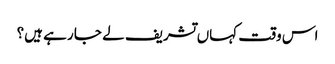
اس وقت کہاں تشریف لے جا رہے ہیں؟